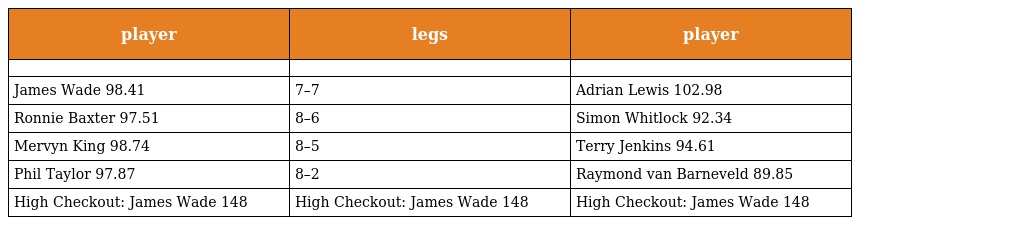
| player | legs | player |
 | --- | --- | --- |
 |  |  |  |
 | James Wade 98.41 | 7–7 | Adrian Lewis 102.98 |
 | Ronnie Baxter 97.51 | 8–6 | Simon Whitlock 92.34 |
 | Mervyn King 98.74 | 8–5 | Terry Jenkins 94.61 |
 | Phil Taylor 97.87 | 8–2 | Raymond van Barneveld 89.85 |
 | High Checkout: James Wade 148 | High Checkout: James Wade 148 | High Checkout: James Wade 148 |